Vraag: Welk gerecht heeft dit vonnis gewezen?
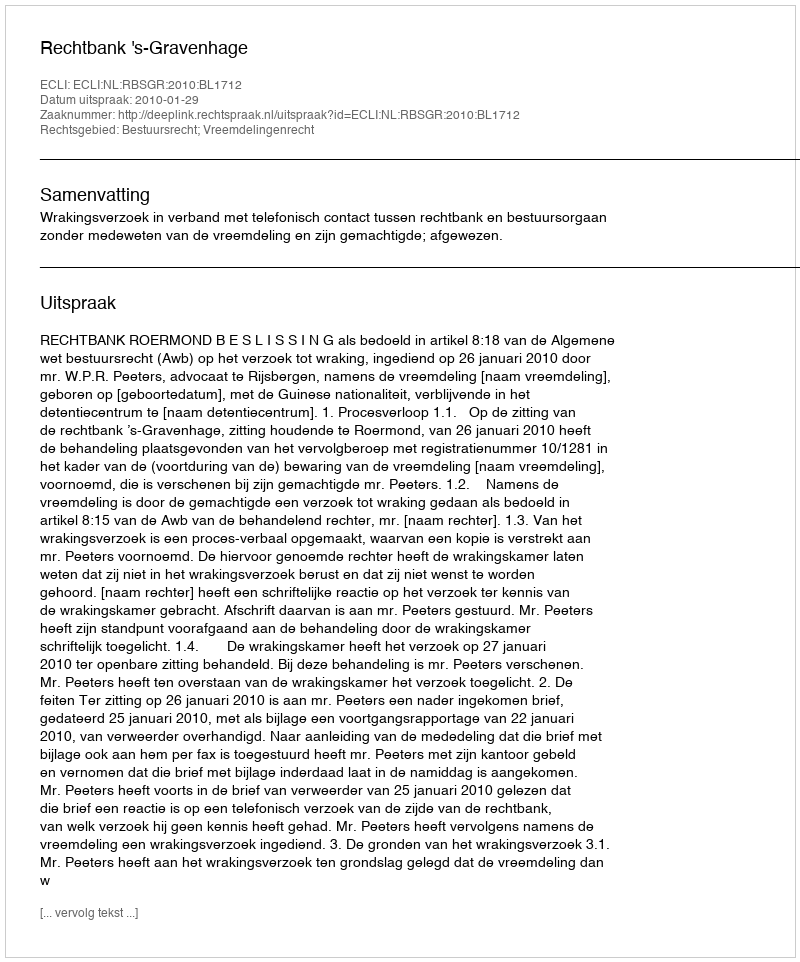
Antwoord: Rechtbank 's-Gravenhage